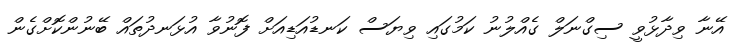
އޭނާ ވިދާޅުވީ ސިގްނަލް ގެއްލުނު ކަމުގައި ވިޔަސް ކަނޑުއަޑިއަށް ފޮނުވާ އުޅަނދުތައް ބޭނުންކޮށްގެން